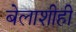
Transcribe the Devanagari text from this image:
बेलाशीही